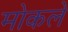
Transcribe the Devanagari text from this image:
मोकले